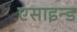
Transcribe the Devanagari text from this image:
एसाइन्ड